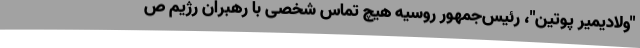
"ولادیمیر پوتین"، رئیس‌جمهور روسیه هیچ تماس شخصی با رهبران رژیم ص